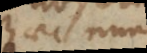
haec nunc